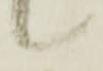
候